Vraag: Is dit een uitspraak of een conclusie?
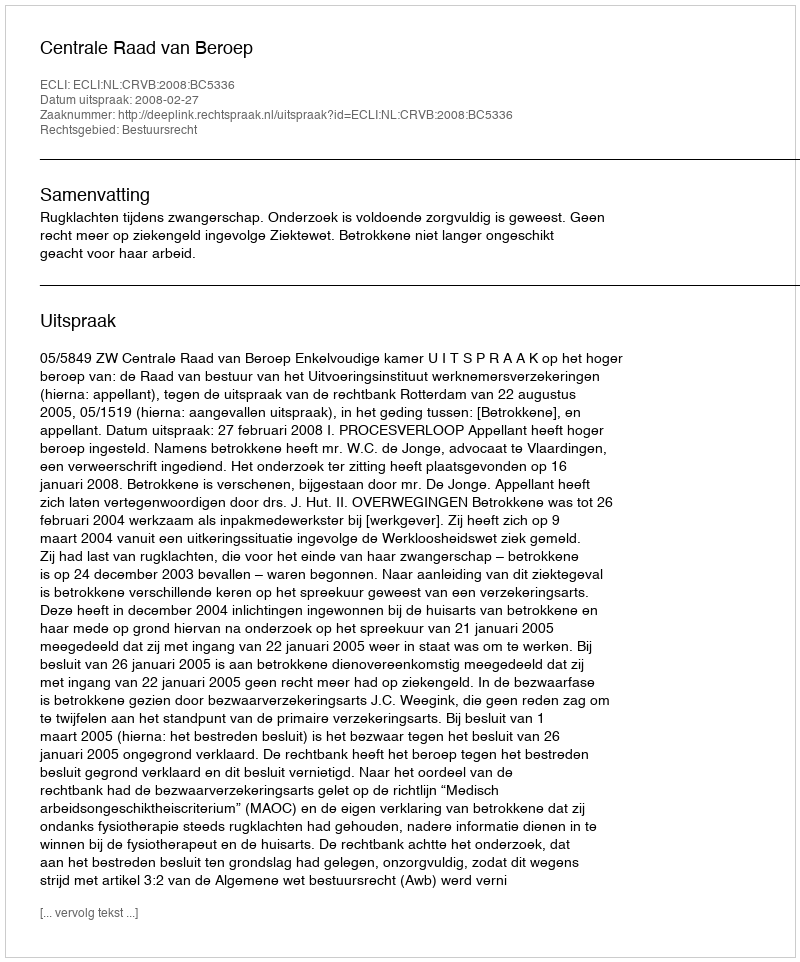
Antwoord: Uitspraak